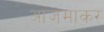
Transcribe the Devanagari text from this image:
आजमाकर